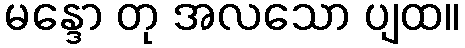
မန္ဒော တု အလသော ပျထ။